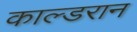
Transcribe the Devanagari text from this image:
काल्डरान